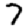
Digit: 7